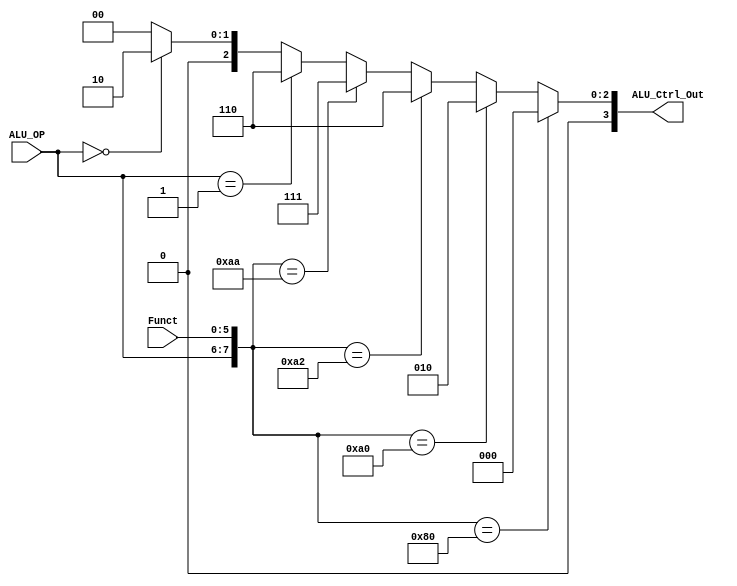
`timescale 1ns / 1ps

module ALU_ctrl(Funct, ALU_OP, ALU_Ctrl_Out);

    	input [5:0] Funct;
	input [1:0] ALU_OP;
    	output [3:0] ALU_Ctrl_Out;
	wire [3:0]ALU_Ctrl_Out;
	////  ALUOP  ////   ////  Function  ////
	//  R-type 10  //   //   add 100000   //
	//  beq    01  //   //   sub 100010   //
	//  else   00  //   //   slt 101010   //
	/////////////////   ////////////////////
	
	///  ALUOP  Function  ALU_Ctrl  ///
	//    10     000000     0000     //
	//    10     100000     0010     //
	//    10     100010     0110     //
	//    10     101010     0111     //
	//    01     XXXXXX     0110     //
	//    00     XXXXXX     0010     //
	///////////////////////////////////
	
	/* add your code here */
	assign ALU_Ctrl_Out = ({ALU_OP,Funct}==8'b10_000000)?4'b0000://nothing
			({ALU_OP,Funct}==8'b10_100000)?4'b0010://add
			({ALU_OP,Funct}==8'b10_100010)?4'b0110://sub
			({ALU_OP,Funct}==8'b10_101010)?4'b0111://slt
			(ALU_OP==2'b01)?4'b0110://beq
			(ALU_OP==2'b00)?4'b0010:4'b0000;//lw,sw,default:0
	
endmodule